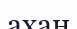
ахан